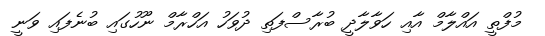
މުފްތީ އައްލާމް އާއި ހަވާލާދީ ބުރާސްފަތި ދުވަހު އަހްރާމް ނޫހުގައި ބުނެފައި ވަނީ